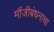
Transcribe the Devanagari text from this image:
मौंजीबंधनाचा